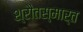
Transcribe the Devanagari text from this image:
श्रौतस्मार्त